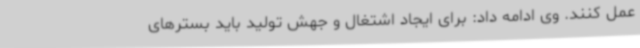
عمل کنند. وی ادامه داد: برای ایجاد اشتغال و جهش تولید باید بسترهای